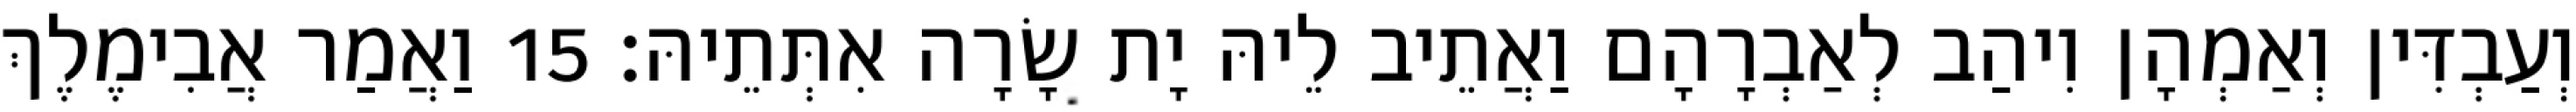
וְעַבְדִּין וְאַמְהָן וִיהַב לְאַבְרָהָם וַאֲתֵיב לֵיהּ יָת שָׂרָה אִתְּתֵיהּ׃ 15 וַאֲמַר אֲבִימֶלֶךְ